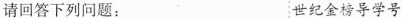
请回答下列问题： 世纪金榜导学号